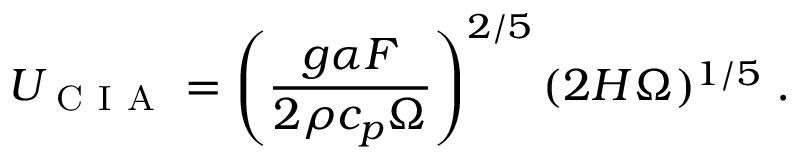
U _ { \mathrm { ~ C ~ I ~ A ~ } } = \left( \frac { g \alpha F } { 2 \rho c _ { p } \Omega } \right) ^ { 2 / 5 } ( 2 H \Omega ) ^ { 1 / 5 } \; .